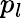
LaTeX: p_{l}